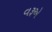
વરૂએ